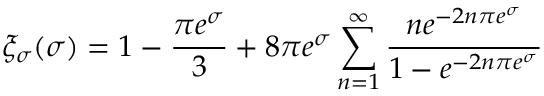
\xi _ { \sigma } ( \sigma ) = 1 - \frac { \pi e ^ { \sigma } } { 3 } + 8 \pi e ^ { \sigma } \sum _ { n = 1 } ^ { \infty } \frac { n e ^ { - 2 n \pi e ^ { \sigma } } } { 1 - e ^ { - 2 n \pi e ^ { \sigma } } }